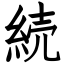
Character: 続